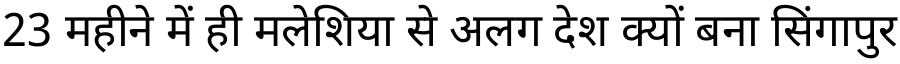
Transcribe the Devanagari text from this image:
23 महीने में ही मलेशिया से अलग देश क्यों बना सिंगापुर